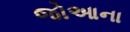
જોઆના